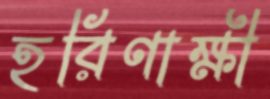
হরিণাক্ষী